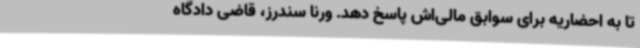
تا به احضاریه برای سوابق مالی‌اش پاسخ دهد. ورنا سندرز، قاضی دادگاه